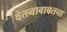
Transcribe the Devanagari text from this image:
वेतनाबाबतचा